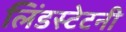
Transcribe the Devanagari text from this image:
लिंडस्टेटनी